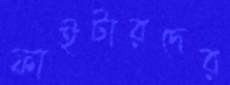
ফাইটারদের